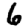
Digit: 6